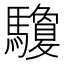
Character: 𩧊